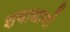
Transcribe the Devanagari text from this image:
शवाधानों